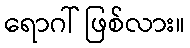
ရောဂါ် ဖြစ်လား။